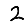
Digit: 2